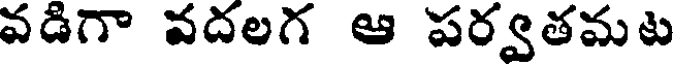
వడిగా వదలగ ఆ పర్వతమట